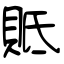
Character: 貾